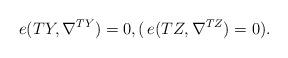
LaTeX: \begin{align*} e(TY, \nabla^{TY})=0,(\, e(TZ, \nabla^{TZ})=0).\end{align*}